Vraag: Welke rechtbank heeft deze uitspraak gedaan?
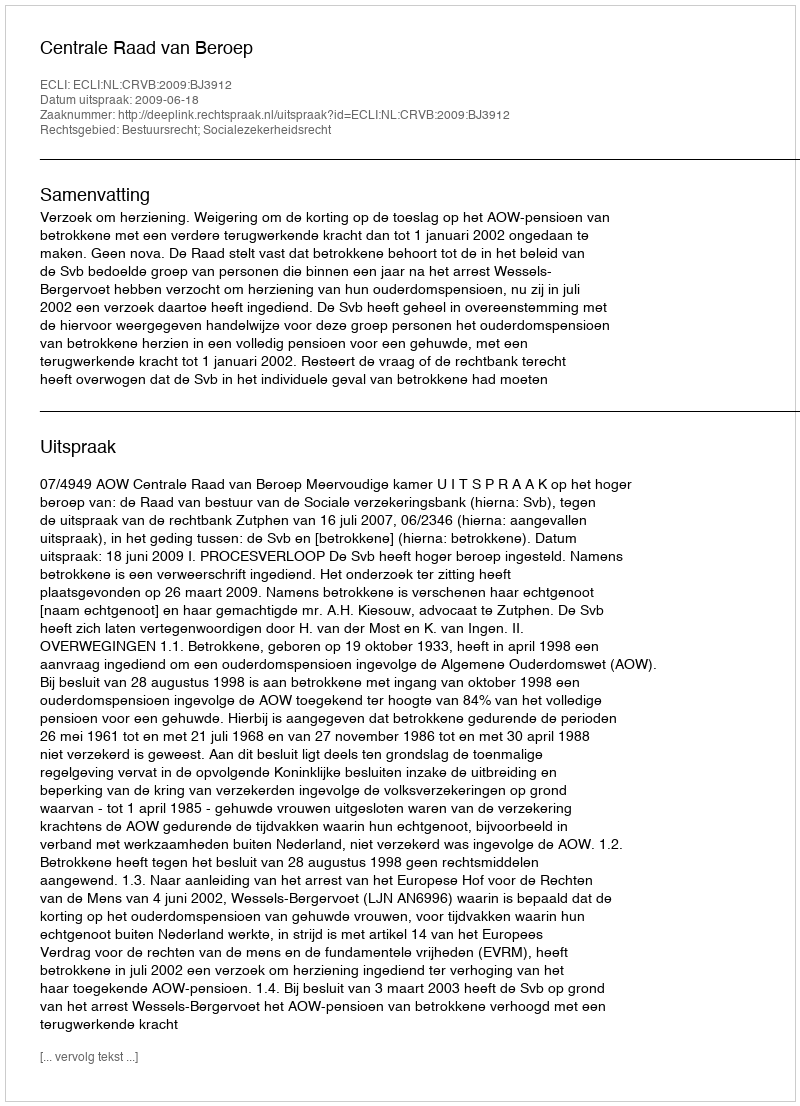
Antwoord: Centrale Raad van Beroep